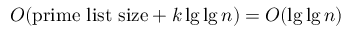
O ( { \mathrm { p r i m e ~ l i s t ~ s i z e } } + k \lg \lg n ) = O ( \lg \lg n )